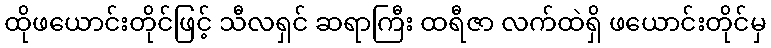
ထိုဖယောင်းတိုင်ဖြင့် သီလရှင် ဆရာကြီး ထရီဇာ လက်ထဲရှိ ဖယောင်းတိုင်မှ